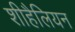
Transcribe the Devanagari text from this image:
शीहैलियन